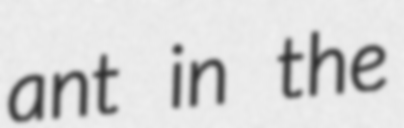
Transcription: ant in the